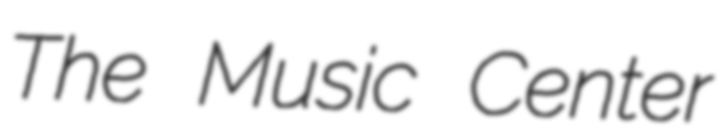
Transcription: The Music Center